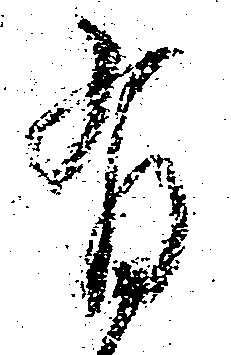
有